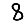
Digit: 8